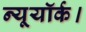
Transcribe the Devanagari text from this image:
न्यूयॉर्क।